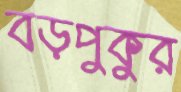
বড়পুকুর